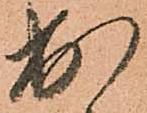
出